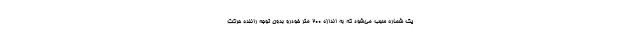
یک شماره سبب می‌شود که به اندازه ۲۰۰ متر خودرو بدون توجه راننده حرکت